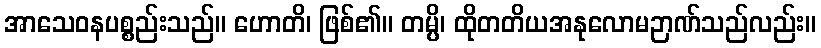
အာသေဝနပစ္စည်းသည်။ ဟောတိ၊ ဖြစ်၏။ တမ္ပိ၊ ထိုတတိယအနုလောမဉာဏ်သည်လည်း။